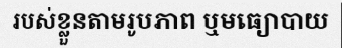
របស់ខ្លួនតាមរូបភាព ឬមធ្យោបាយ